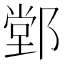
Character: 䣘